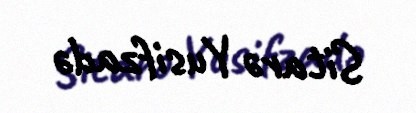
Sitarə Yusifzadə